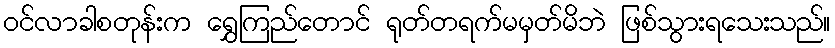
ဝင်လာခါစတုန်းက ရွှေကြည်တောင် ရုတ်တရက်မမှတ်မိဘဲ ဖြစ်သွားရသေးသည်။